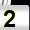
Digit: 2